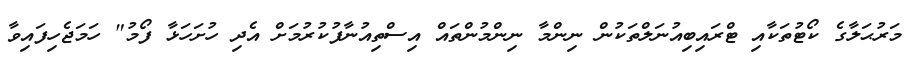
މަރުޙަލާގެ ކޯޓުތަކާއި ޓްރައިބިއުނަލްތަކުން ނިންމާ ނިންމުންތައް އިސްތިއުނާފުކުރުމަށް އެދި ހުށަހަޅާ ފޯމު" ހަމަޖެހިފައިވާ